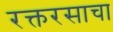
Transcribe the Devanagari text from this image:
रक्तरसाचा